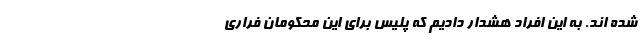
شده اند. به این افراد هشدار دادیم که پلیس برای این محکومان فراری